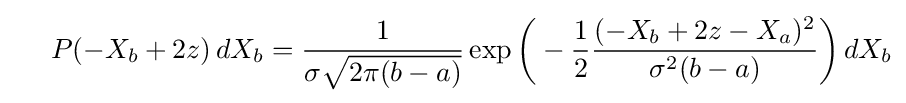
\ \ \ \ P(-X_{b}+2z)\,dX_{b}={\frac {1}{\sigma {\sqrt {2\pi (b-a)}}}}\exp {\biggl (}-{\frac {1}{2}}{\frac {(-X_{b}+2z-X_{a})^{2}}{\sigma ^{2}(b-a)}}{\biggr )}\,dX_{b}